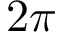
2 \pi